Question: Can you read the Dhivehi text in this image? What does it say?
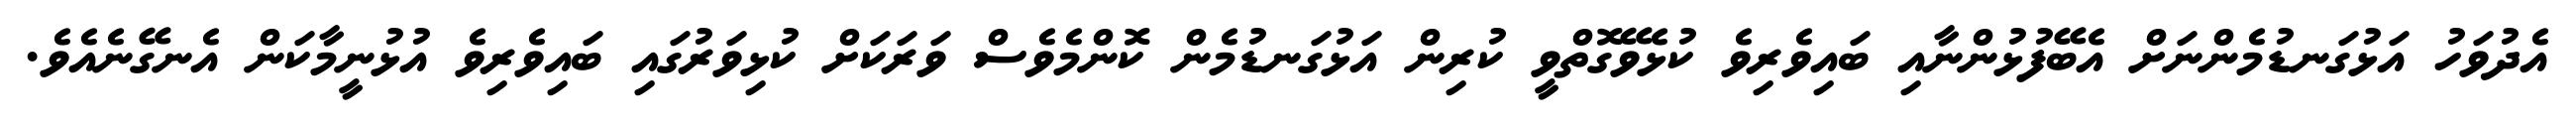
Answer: އެދުވަހު އަޅުގަނޑުމެންނަށް އެބޭފުޅުންނާއި ބައިވެރިވެ ކުޅެވޭގޮތްވީ ކުރިން އަޅުގަނޑުމެން ކޮންމެވެސް ވަރަކަށް ކުޅިވަރުގައި ބައިވެރިވެ އުޅުނީމާކަން އެނގޭނެއެވެ.